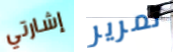
إشارتي تمرير